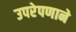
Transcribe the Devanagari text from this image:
उपरेपणाने